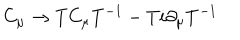
LaTeX: C _ { \mu } \rightarrow T C _ { \mu } T ^ { - 1 } - T i \partial _ { \mu } T ^ { - 1 }